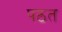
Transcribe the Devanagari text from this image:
पठत